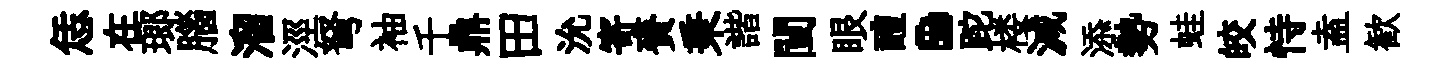
恁在瑯腦溜涇弩袖千鼎田沇寄賚秉諧闉眼醴·跎楼減添勢蛙皎恃盍歓